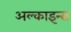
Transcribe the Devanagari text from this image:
अल्काइन्स